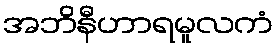
အဘိနီဟာရမူလကံ